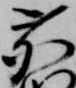
鹿